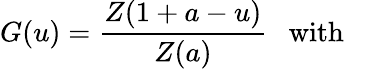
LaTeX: G(u)=\frac{Z(1+a-u)}{Z(a)}~~~\mathrm{with}~~~